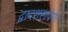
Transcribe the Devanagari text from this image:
द्वादशरूपेण